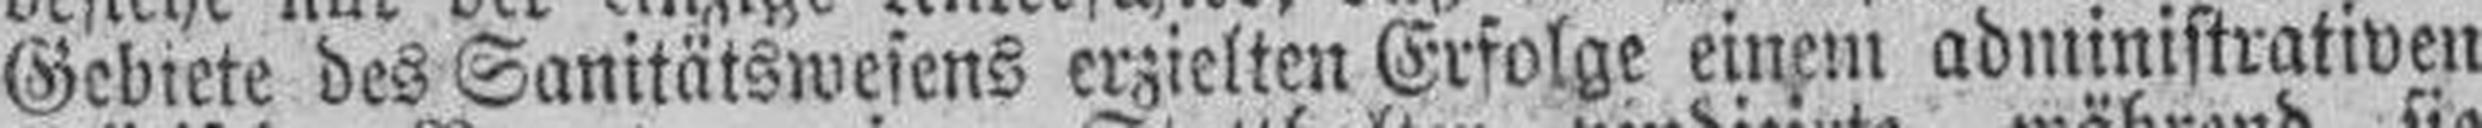
Gebiete des Sanitätswesens erzielten Erfolge einem administrativen